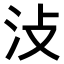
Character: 𣲏